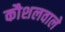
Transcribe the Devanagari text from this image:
कौशलवाले